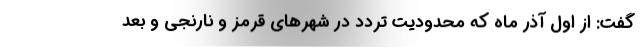
گفت: از اول آذر ماه که محدودیت تردد در شهرهای قرمز و نارنجی و بعد